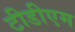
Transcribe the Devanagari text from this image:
टीडीएम